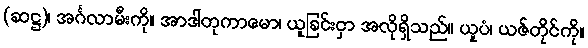
(ဆဋ္ဌ)၊ အင်္ဂလာမီးကို။ အာဒါတုကာမော၊ ယူခြင်းငှာ အလိုရှိသည်။ ယူပံ၊ ယဇ်တိုင်ကို။